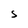
Character: S